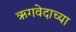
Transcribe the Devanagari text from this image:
ऋगवेदाच्या